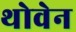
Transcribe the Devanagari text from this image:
थोवेन